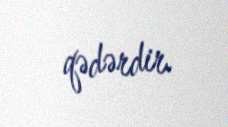
qədərdir.